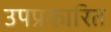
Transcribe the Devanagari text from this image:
उपप्रकारित